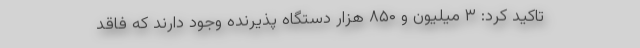
تاکید کرد: ۳ میلیون و ۸۵۰ هزار دستگاه پذیرنده وجود دارند که فاقد